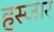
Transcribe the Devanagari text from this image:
हस्जार